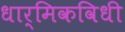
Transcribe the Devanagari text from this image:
धार्मिकविधी